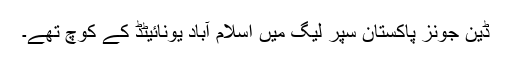
ڈین جونز پاکستان سپر لیگ میں اسلام آباد یونائیٹڈ کے کوچ تھے۔